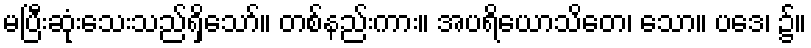
မပြီးဆုံးသေးသည်ရှိသော်။ တစ်နည်းကား။ အပရိယောသိတေ၊ သော။ ပဒေ၊ ၌။